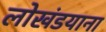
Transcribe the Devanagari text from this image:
लोखंडयाना